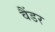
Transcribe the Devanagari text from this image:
वैंडर